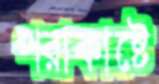
পরাকাষ্টে